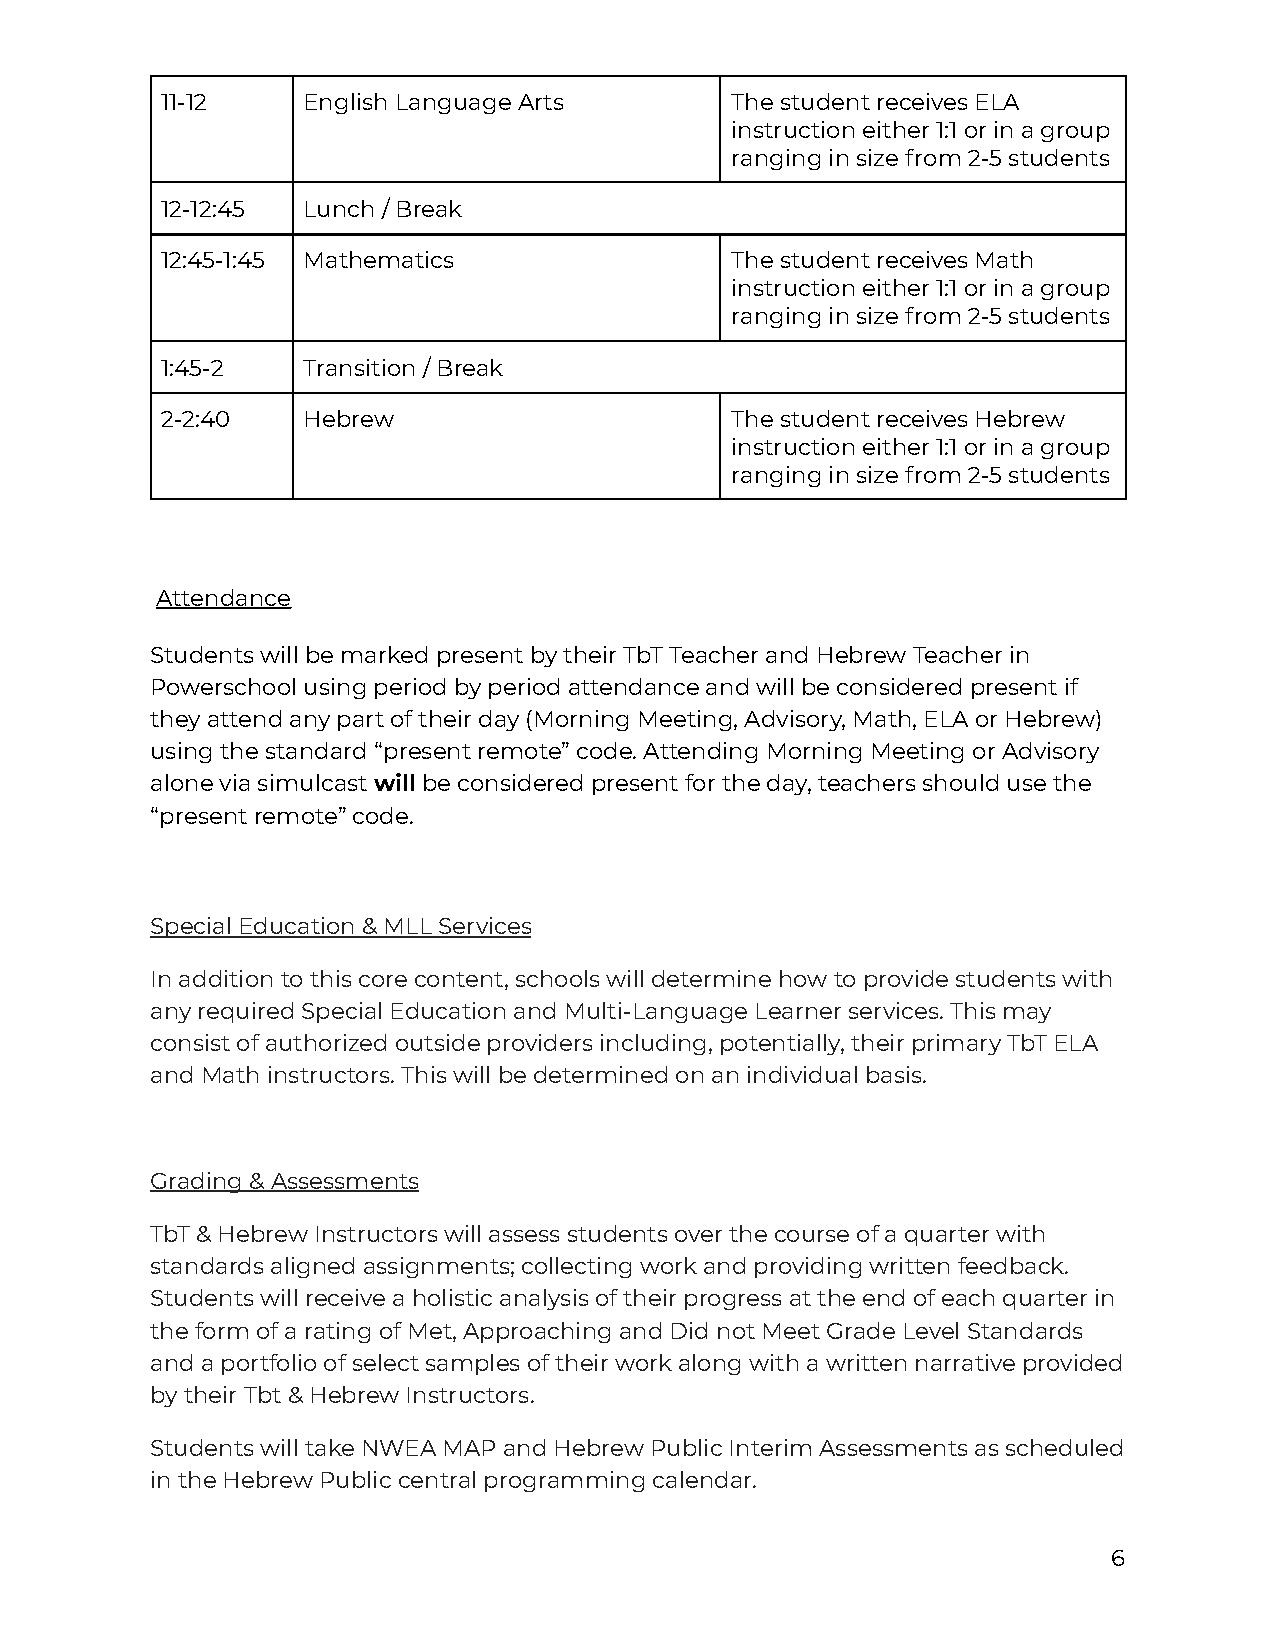
11-12    English Language Arts       The student receives ELA
 instruction either 1:1 or in a group
 ranging in size from 2-5 students
 12-12:45 Lunch / Break
 12:45-1:45 Mathematics               The student receives Math
 instruction either 1:1 or in a group
 ranging in size from 2-5 students
 1:45-2   Transition / Break
 2-2:40   Hebrew                      The student receives Hebrew
 instruction either 1:1 or in a group
 ranging in size from 2-5 students
 Attendance
 Students will be marked present by their TbT Teacher and Hebrew Teacher in
 Powerschool using period by period attendance and will be considered present if
 they attend any part of their day (Morning Meeting, Advisory, Math, ELA or Hebrew)
 using the standard “present remote” code. Attending Morning Meeting or Advisory
 alone via simulcastwillbe considered present forthe day, teachers should use the
 “present remote” code.
 Special Education & MLL Services
 In addition to this core content, schools will determine how to provide students with
 any required Special Education and Multi-Language Learner services. This may
 consist of authorized outside providers including, potentially, their primary TbT ELA
 and Math instructors. This will be determined on an individual basis.
 Grading & Assessments
 TbT & Hebrew Instructors will assess students over the course of a quarter with
 standards aligned assignments; collecting work and providing written feedback.
 Students will receive a holistic analysis of their progress at the end of each quarter in
 the form of a rating of Met, Approaching and Did not Meet Grade Level Standards
 and a portfolio of select samples of their work along with a written narrative provided
 by their Tbt & Hebrew Instructors.
 Students will take NWEA MAP and Hebrew Public Interim Assessments as scheduled
 in the Hebrew Public central programming calendar.
 6